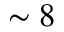
\sim 8